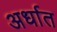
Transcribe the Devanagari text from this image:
अर्धात